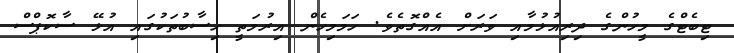
ޓިބެޓްގެ މީހުންގެ ދިރިއުޅުމާއި ވަރަށް އެއްގޮތެވެ. ހަމަމިހެން އިރުމަތީ ހިސާބުތަކުގައި އުޅޭ ސާކޮޕްސް